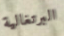
البرتغالية